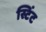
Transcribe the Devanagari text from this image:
स्टिंट